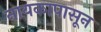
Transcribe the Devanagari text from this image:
नायकापासून